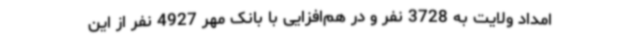
امداد ولایت به 3728 نفر و در هم‌افزایی با بانک مهر 4927 نفر از این